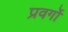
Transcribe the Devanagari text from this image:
प्रवर्गो